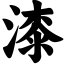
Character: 漆